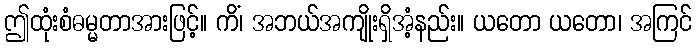
ဤထုံးစံဓမ္မတာအားဖြင့်။ ကိံ၊ အဘယ်အကျိုးရှိအံ့နည်း။ ယတော ယတော၊ အကြင်